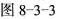
图8-3-3